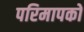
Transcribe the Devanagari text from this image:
परिमापकों